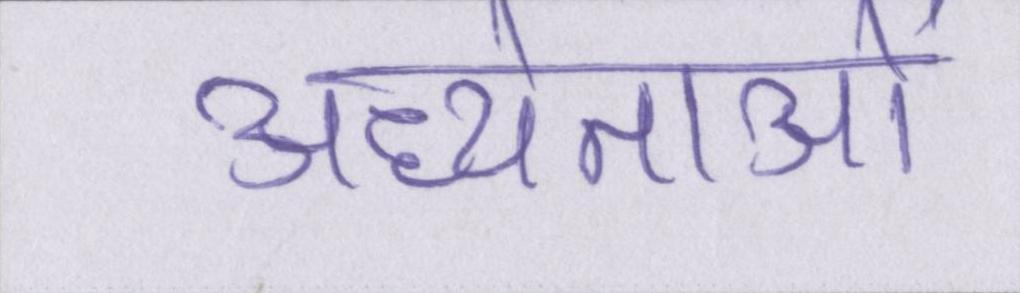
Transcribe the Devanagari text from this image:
अध्येताओं